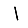
Digit: 1